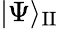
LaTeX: |\Psi\rangle_{\mathrm{II}}